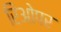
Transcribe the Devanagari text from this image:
रिओपर